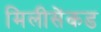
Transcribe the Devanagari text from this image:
मिलीसेंकड